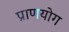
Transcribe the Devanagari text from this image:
प्राणयोग